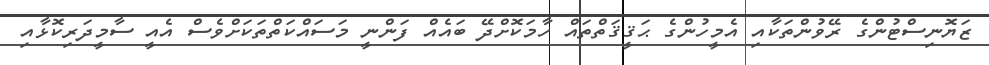
ޒަޔޮނިސްޓުންގެ ރޭވުންތަކާއި އެމީހުންގެ ޙަޤީޤަތްތައް ހާމަކޮށްދޭ ބައެއް ފަންނީ މަސައްކަތްތަކަށްވެސް އެއީ ސާމީދަރިކޮޅާއި